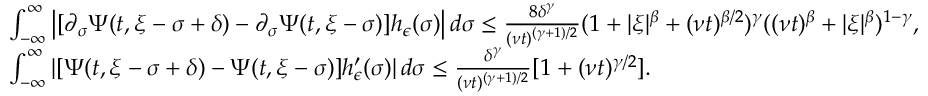
\begin{array} { r l } & { \int _ { - \infty } ^ { \infty } \left| [ \partial _ { \sigma } \Psi ( t , \xi - \sigma + \delta ) - \partial _ { \sigma } \Psi ( t , \xi - \sigma ) ] h _ { \epsilon } ( \sigma ) \right| d \sigma \leq \frac { 8 \delta ^ { \gamma } } { ( \nu t ) ^ { ( \gamma + 1 ) / 2 } } ( 1 + | \xi | ^ { \beta } + ( \nu t ) ^ { \beta / 2 } ) ^ { \gamma } ( ( \nu t ) ^ { \beta } + | \xi | ^ { \beta } ) ^ { 1 - \gamma } , } \\ & { \int _ { - \infty } ^ { \infty } \left| [ \Psi ( t , \xi - \sigma + \delta ) - \Psi ( t , \xi - \sigma ) ] h _ { \epsilon } ^ { \prime } ( \sigma ) \right| d \sigma \leq \frac { \delta ^ { \gamma } } { ( \nu t ) ^ { ( \gamma + 1 ) / 2 } } [ 1 + ( \nu t ) ^ { \gamma / 2 } ] . } \end{array}